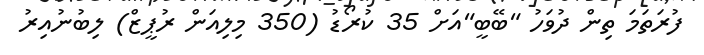
ފުރަތަމަ ތިން ދުވަހު "ބޭބީ"އަށް 35 ކުރޯޑު (350 މިލިއަން ރުޕީޒް) ލިބުނުއިރު